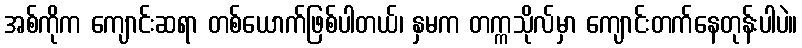
အစ်ကိုက ကျောင်းဆရာ တစ်ယောက်ဖြစ်ပါတယ်၊ နှမက တက္ကသိုလ်မှာ ကျောင်းတက်နေတုန်းပါပဲ။